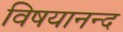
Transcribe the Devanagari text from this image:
विषयानन्द